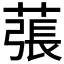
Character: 𦸾